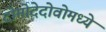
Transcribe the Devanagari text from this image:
दोमोदेदोवोमध्ये